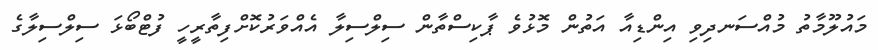
މައުލޫމާތު މުއްސަނދިވި އިންޑިއާ އަތުން މޮޅުވެ ޕާކިސްތާން ސިލްސިލާ އެއްވަރުކޮށްފިތާރީހީ ފުޓްބޯޅަ ސިލްސިލާގެ